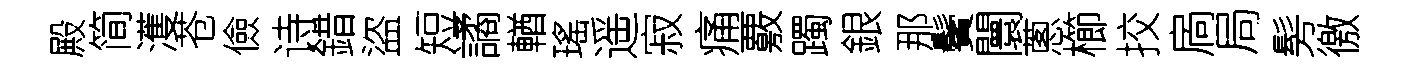
殿简濩苍儉诗錯盜短譎輶瑤遥寂痛覈躅銀那鬢闤蔥櫛挍扄局髣徼